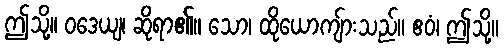
ဤသို့။ ဝဒေယျ၊ ဆိုရာ၏။ သော၊ ထိုယောကျ်ားသည်။ ဧဝံ၊ ဤသို့။